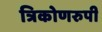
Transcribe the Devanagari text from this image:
त्रिकोणरुपी